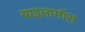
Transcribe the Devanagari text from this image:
बाइलामॉस